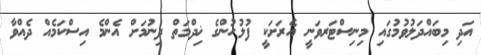
އަދި މިބައްދަލުވުމުގައި މިނިސްޓަރވަނީ އެރަށަކީ ފުލުހުންގެ ޚިދްމަތް ދިނުމަށް އެންމެ އިސްކަމެއް ދެއްވާ